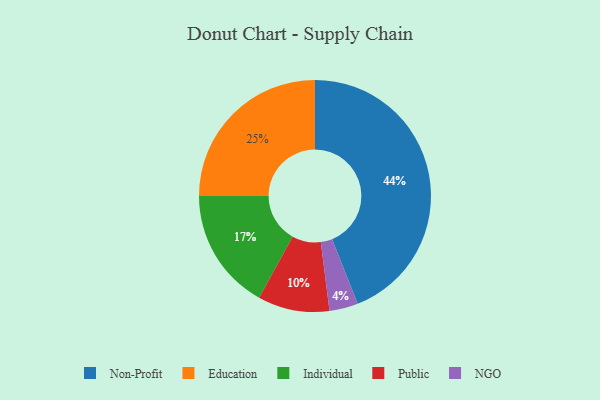
{"axis": {"x": "Category", "y": "Percentage"}, "legend": ["Education", "Individual", "NGO", "Non-Profit", "Public"], "data": [{"x": "Non-Profit", "y": 44, "type": "Non-Profit"}, {"x": "Public", "y": 10, "type": "Public"}, {"x": "NGO", "y": 4, "type": "NGO"}, {"x": "Individual", "y": 17, "type": "Individual"}, {"x": "Education", "y": 25, "type": "Education"}]}